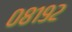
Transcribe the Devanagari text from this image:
०८१९२